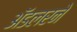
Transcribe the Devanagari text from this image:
ॲडलरने